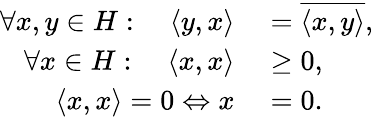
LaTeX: \begin{array}{rl}{\forall x,y\in H:\quad\langle y,x\rangle}&{{}={\overline{{\langle x,y\rangle}}},}\\ {\forall x\in H:\quad\langle x,x\rangle}&{{}\geq 0,}\\ {\langle x,x\rangle=0\Leftrightarrow x}&{{}=0.}\end{array}